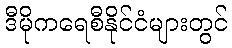
ဒီမိုကရေစီနိုင်ငံများတွင်